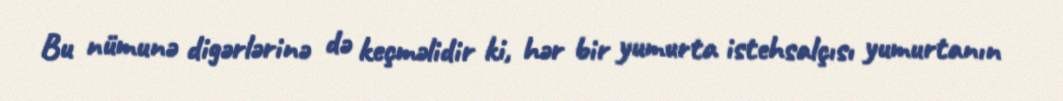
Bu nümunə digərlərinə də keçməlidir ki, hər bir yumurta istehsalçısı yumurtanın